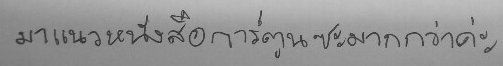
มาแนวหนังสือการ์ตูนซะมากกว่าค่ะ